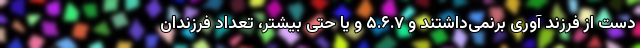
دست از فرزند آوری برنمی‌داشتند و ۵.۶.۷ و یا حتی بیشتر، تعداد فرزندان